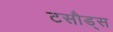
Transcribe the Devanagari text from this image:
टसौड्स